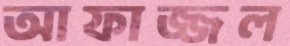
আফাজ্জল